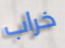
خراب